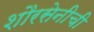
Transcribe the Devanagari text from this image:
शौरसेनीची